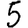
Digit: 5